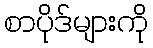
စာပိုဒ်များကို